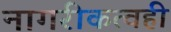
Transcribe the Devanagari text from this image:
नागरीकत्वही